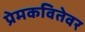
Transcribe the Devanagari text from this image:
प्रेमकवितेवर